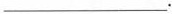
___.